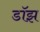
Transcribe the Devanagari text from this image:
डॉझ